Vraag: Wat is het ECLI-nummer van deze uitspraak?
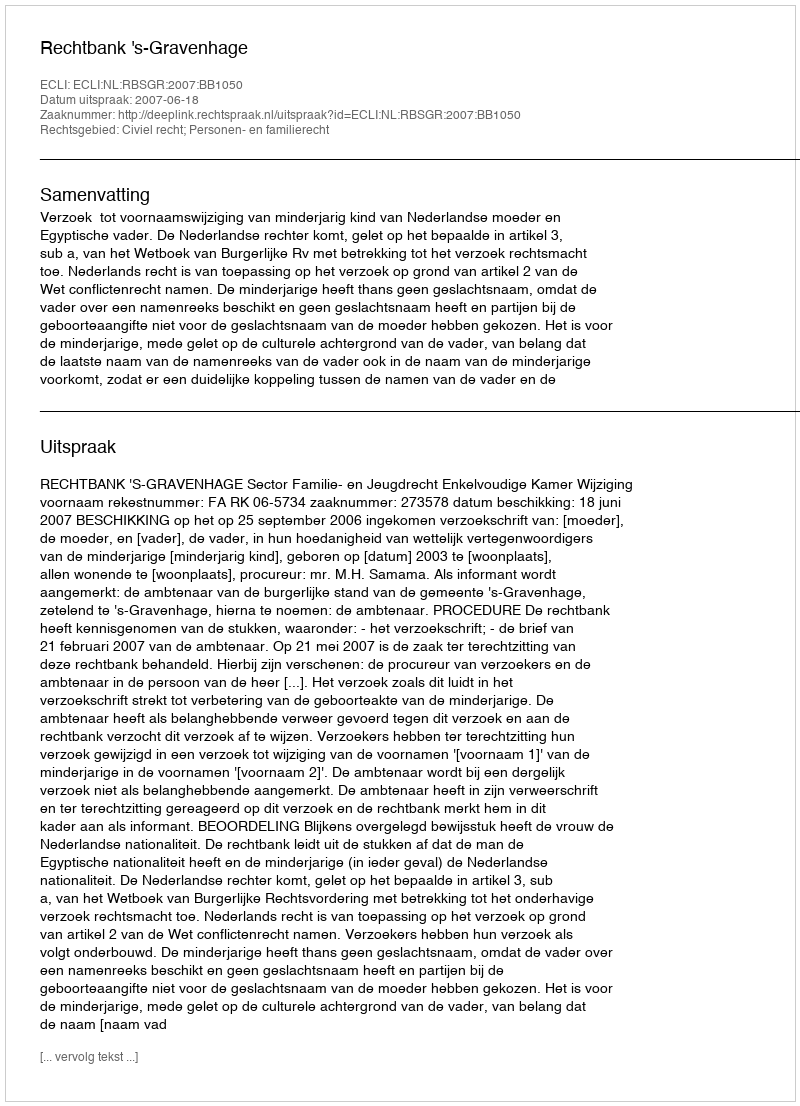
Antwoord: ECLI:NL:RBSGR:2007:BB1050